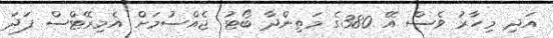
އަދި މިހާރު ވެސް އޭ 380ގެ މަތިންދާ ބޯޓު ޖެއްސުމަށް އެމިރޭޓްސް ފަދަ